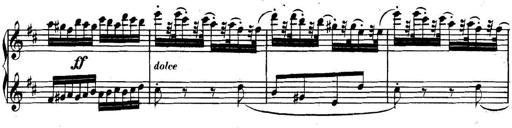
Title: Collected Piano Sonatas
Composer: Muzio Clementi